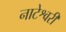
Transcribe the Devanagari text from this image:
नाटेश्वरी